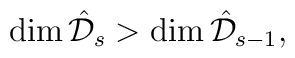
\dim {\hat{\mathcal{D}}_s} > \dim{\hat\mathcal{D}_{s-1}},